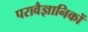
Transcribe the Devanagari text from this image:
परावैज्ञानिकों